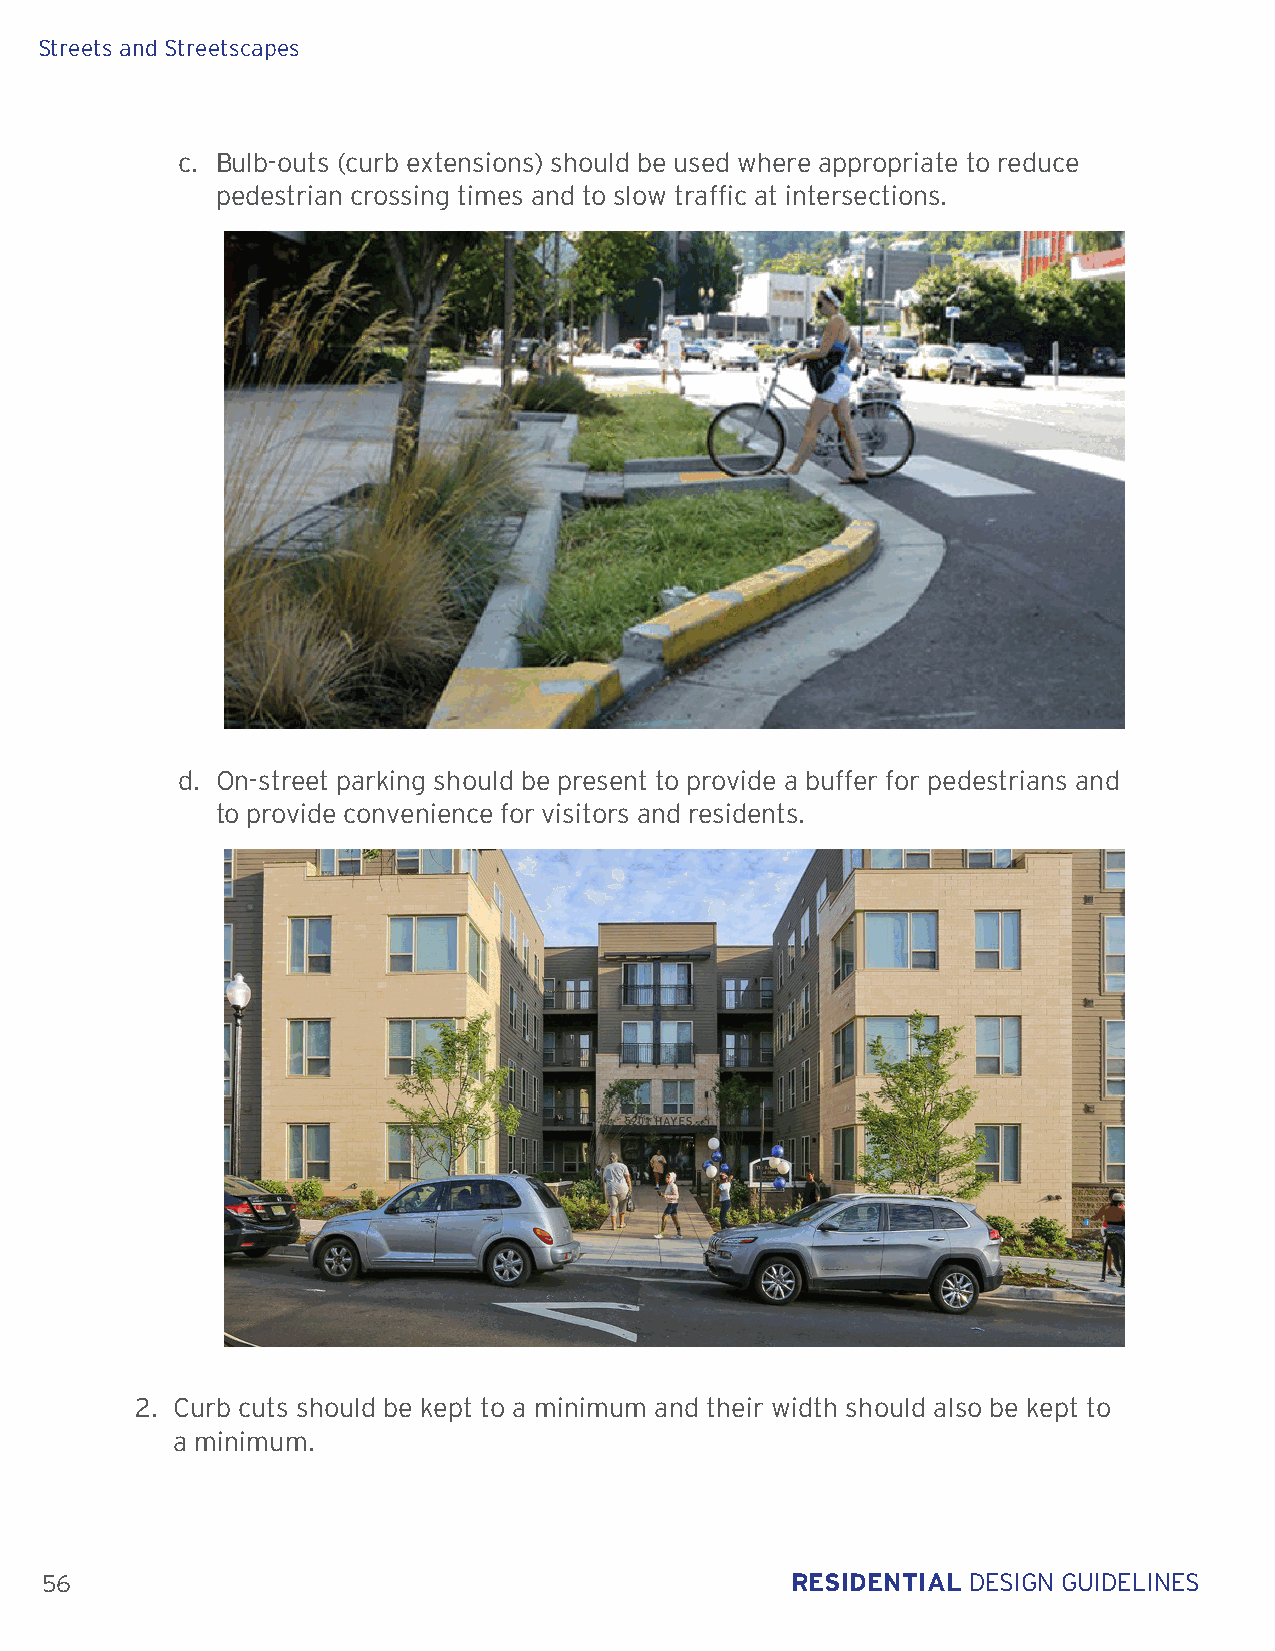
Streets and Streetscapes
 c. Bulb-outs (curb extensions) should be used where appropriate to reduce
 pedestrian crossing times and to slow traffic at intersections.
 d. On-street parking should be present to provide a buffer for pedestrians and
 to provide convenience for visitors and residents.
 2. Curb cuts should be kept to a minimum and their width should also be kept to
 a minimum.
 56                                               RESIDENTIAL DESIGN GUIDELINES